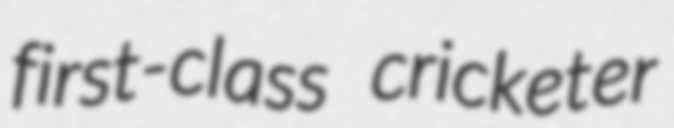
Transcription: first-class cricketer